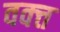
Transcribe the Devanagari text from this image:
वक्त्त